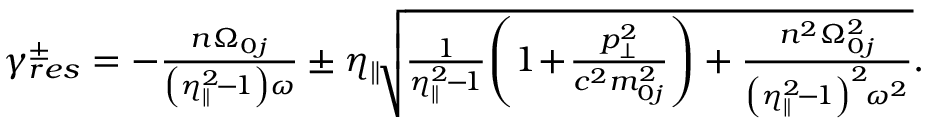
\begin{array} { r } { \gamma _ { r e s } ^ { \pm } = - \frac { n \Omega _ { 0 j } } { \left( \eta _ { \parallel } ^ { 2 } \! - \! 1 \right) \omega } \pm \eta _ { \parallel } \! \sqrt { \frac { 1 } { \eta _ { \parallel } ^ { 2 } \! - \! 1 } \! \left( 1 \! + \! \frac { p _ { \perp } ^ { 2 } } { c ^ { 2 } m _ { 0 j } ^ { 2 } } \right) + \frac { n ^ { 2 } \Omega _ { 0 j } ^ { 2 } } { \left( \eta _ { \parallel } ^ { 2 } \! - \! 1 \right) ^ { 2 } \! \omega ^ { 2 } } } . } \end{array}